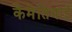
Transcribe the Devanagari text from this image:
कैमेतियाई